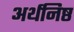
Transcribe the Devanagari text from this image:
अर्थनिष्ठ